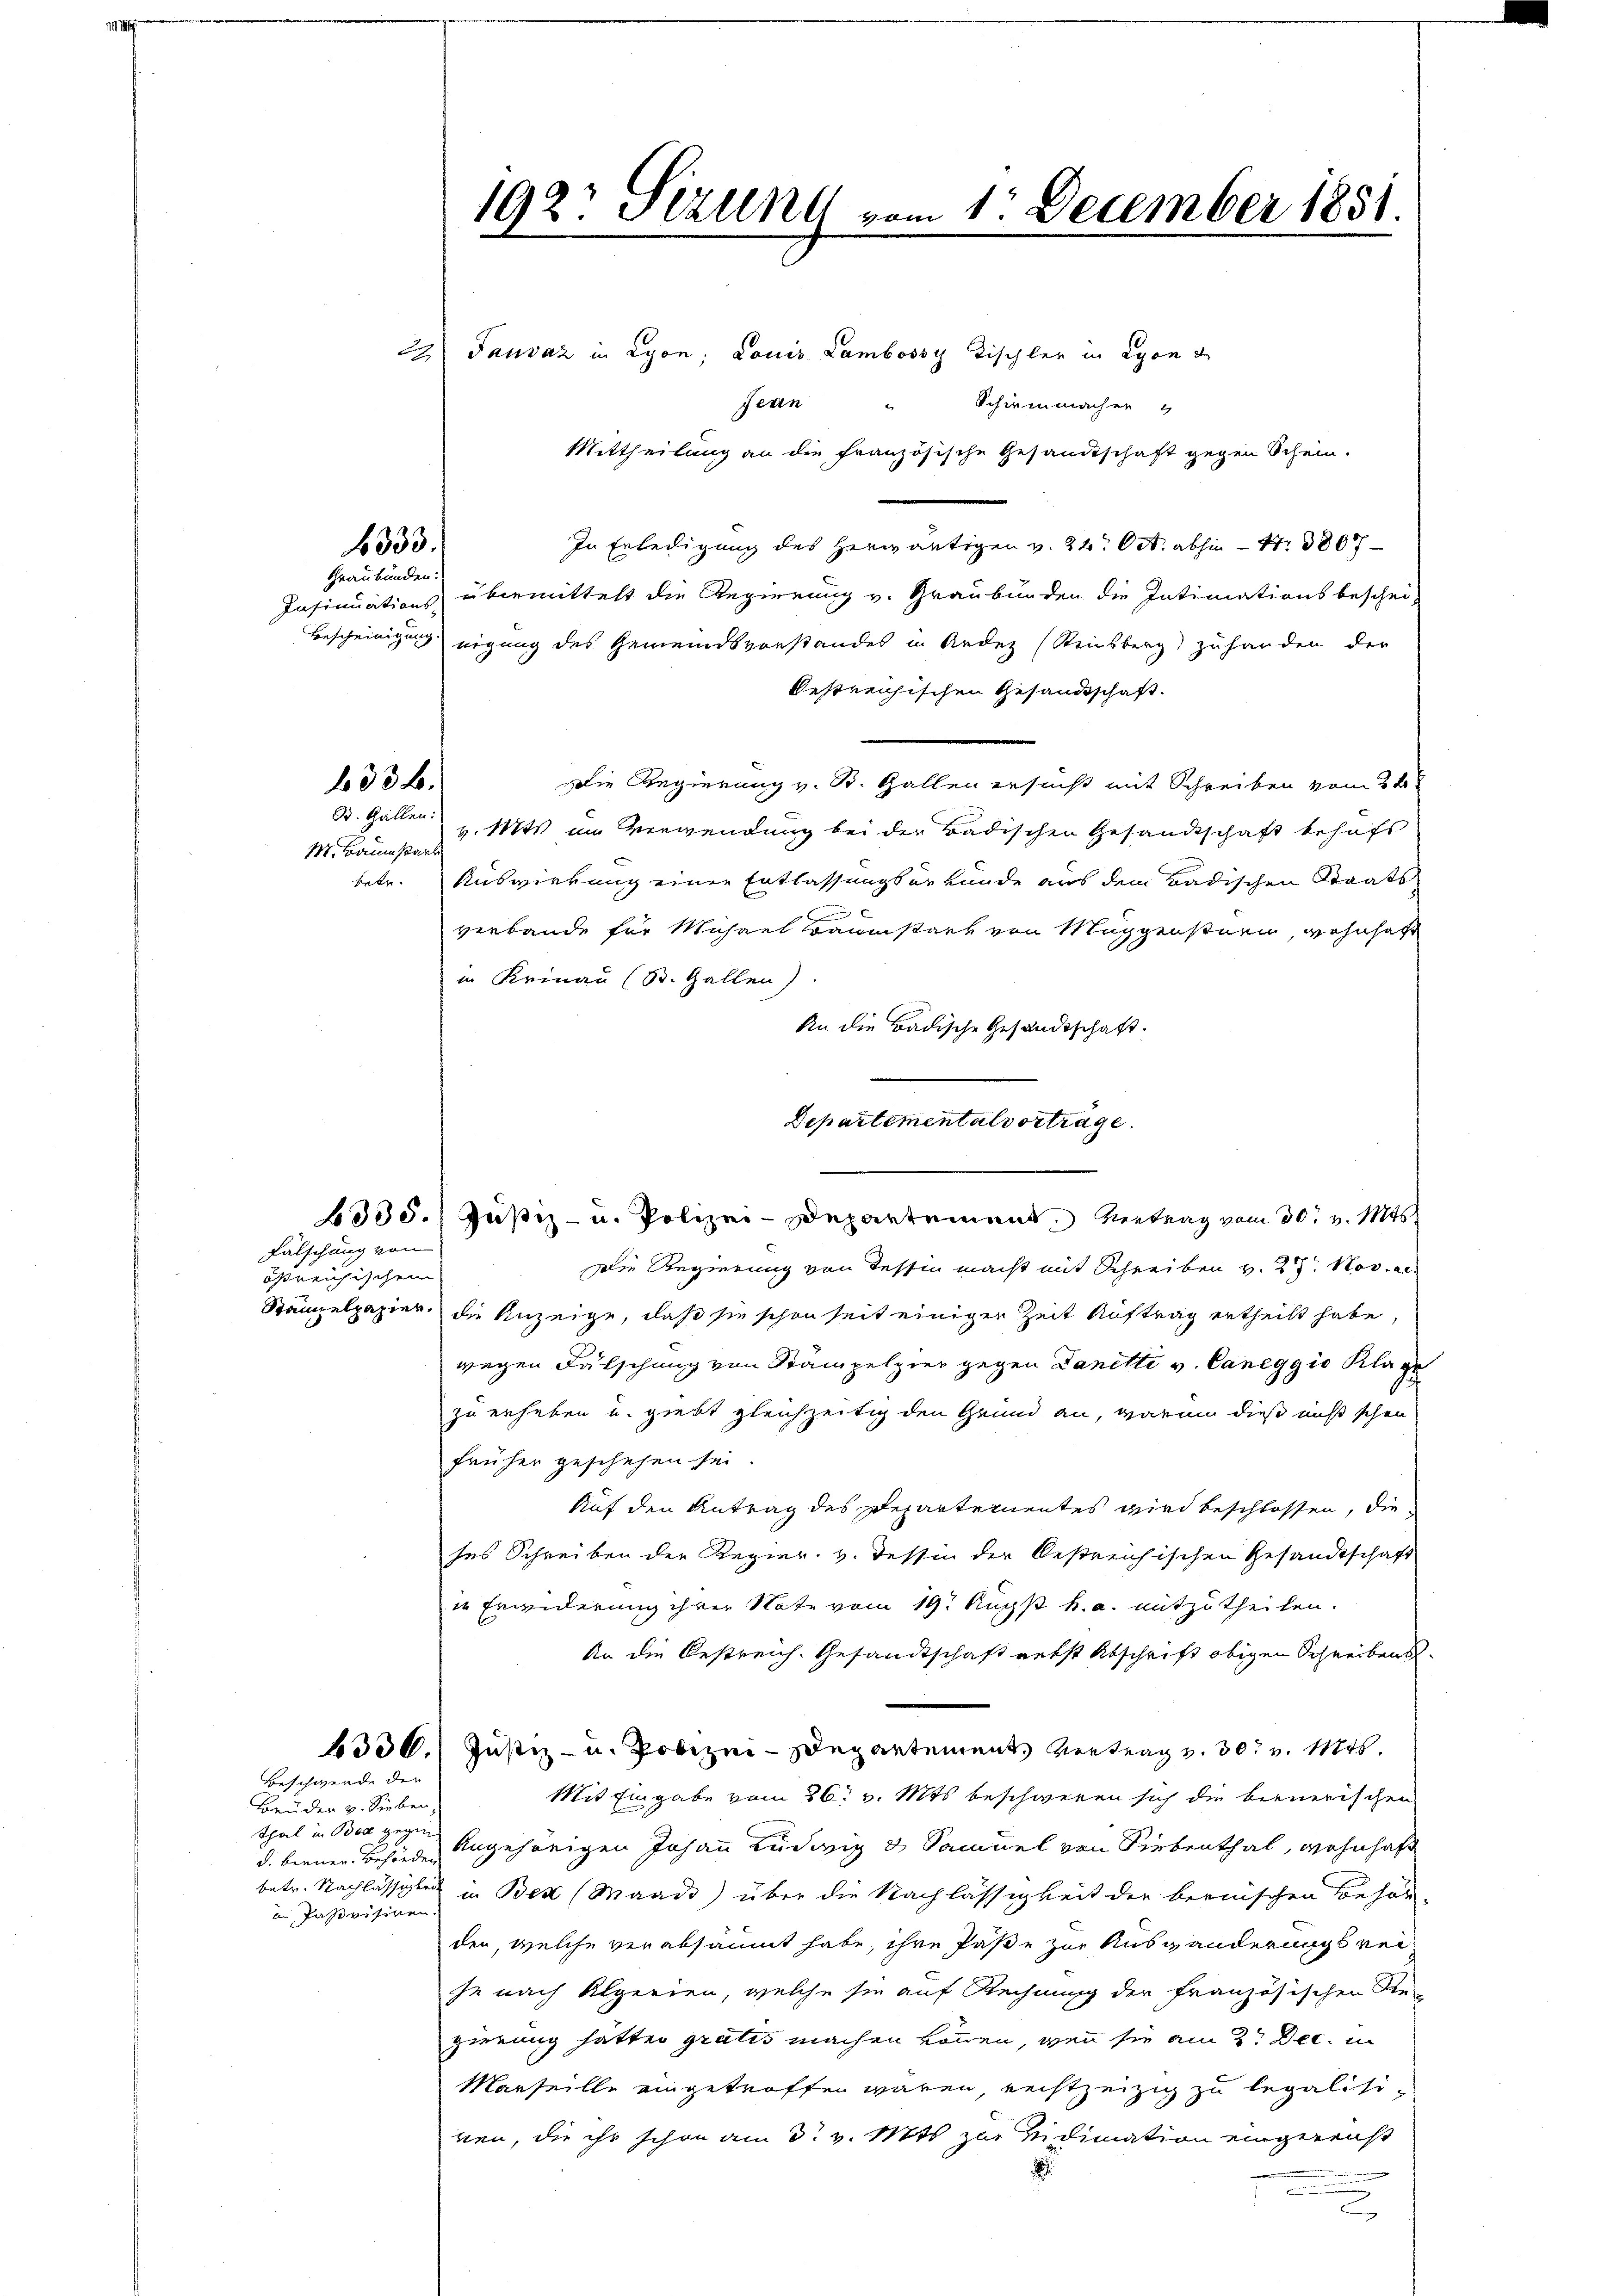
333.

Graubünden:

633 b.
B. Gallen:

M. Baumstant
betr.

Fälschung von
ößreichischen

Beschwerde der

Brüder v. Sieben,
Thal in Boz gegen
in Pasrisiren.

22) Gauvaz in Lyon, Louis Lambossy Tischler in Lyon d
serin
Schirmmacher
Mittheilung an die französische Gesandtschaft gegen Schein.
In Erledigung des herwärtigen v. 24. Oct. abhin – Nr. 3800
Insinuations übermittelt die Regierung v. Graubünden die Intimationsbeschei-
Bescheinigung eigung des Gemeindsvorstandes in Andez (Reinsberg zu handen der
bestreichischen Gesandtschaft.
Die Regierung v. St. Gallen ersucht mit Schreiben vom 31t
v. Mts. im Verwendung bei der Badischen Gesandtschaft behufs
Auswirkung einen Entlassungsurkunde aus dem Badischen Staats
x
verbande für Michael Baumsack von Muggensturm, wohnhaft
in Krinau (St. Gallen)
An die Badische Gesandtschaft.
Departementalvortrage.

192: Jezung vom 1. December 1851.

6335. Justiz- u. Polizei-Departement. Vertrag vom 30. v. Mts.
Die Regierung von Tessin macht mit Schreiben v. 27. Nov. e
Stämpelpapier, die Anzeige, daß sie schon seit einiger Zeit Auftrag ertheilt habe
wegen Fälschung von Stampelpier gegen Danetti v. Caneggio Klage
zu erheben u. giebt gleichzeitig den Grund an, warum dieß nicht schon
früher geschehen sei.
Auf den Antrag des Departementes wird beschlossen, die
ses Schreiben der Regier. v. Tessin der bestreichischen Gesandtschaft
in Erwiderung ihrer Note vom 19t Ruchs k. a. mitzutheilen.
An die Oestreich. Gesandtschaft nebst Abschrift obigen Schreibens
6330. Justiz- u. Polizei-Departement Vertrag v. 30. v. Mts.
Mit Eingabe vom 26. v. Mts. beschweren sich die beenerischen
d. bernen Behörden Angehörigen Johann Ludwig & Samuel von Siebenthal, wohnhaft
betr. Nachlässigten in Bex (Waadt) über die Nachlässigkeit der bernischen Behör
den, welche verabsäumt habe, ihre Paße zur Auswanderungsreije nach Algerien, welche sie auf Rechnung der französischen Be-
gierung hatten gratis machen können, wenn sie am 2te Dec. in
Marseille eingetroffen wären, rechtzeitig zu legalisinen, die ihr schon am 3. v. Mts zur vidimation eingereicht
.
u